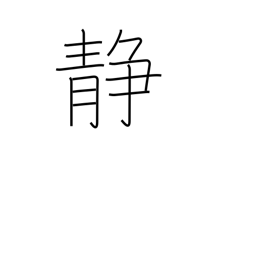
Meaning: quiet